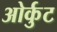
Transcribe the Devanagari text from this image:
ओर्कुट